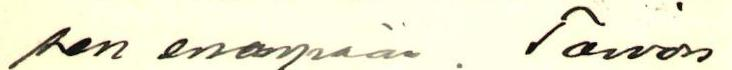
sen enempään. Toivon